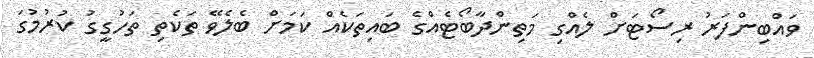
ވައްބިންފަރު ރިސޯޓަށް ލެއްގި މަތިންދާބޯޓެއްގެ ބައިތަކެއް ކަމަށް ބެލެވޭ ތަކެތި ތަހުގީގު ކުރުމުގަ